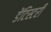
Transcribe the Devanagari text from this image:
डेंटिस्टरी